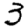
Digit: 3